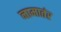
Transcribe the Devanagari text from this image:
नामातंर